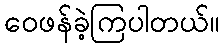
ဝေဖန်ခဲ့ကြပါတယ်။